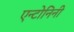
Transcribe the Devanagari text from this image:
एन्टोनिनी